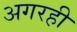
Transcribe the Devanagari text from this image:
अगरही